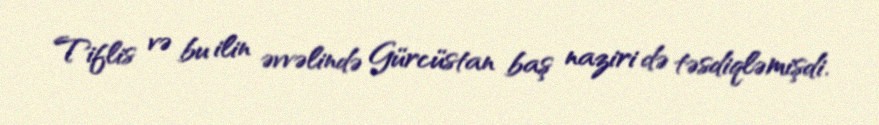
Tiflis və bu ilin əvvəlində Gürcüstan baş naziri də təsdiqləmişdi.